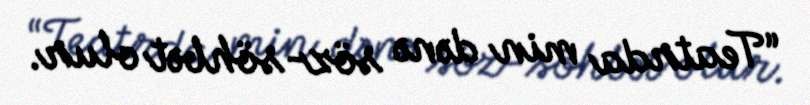
“Teatrda min dənə söz-söhbət olur.